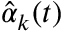
{ \hat { \alpha } } _ { k } ( t )